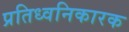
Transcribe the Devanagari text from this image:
प्रतिध्वनिकारक